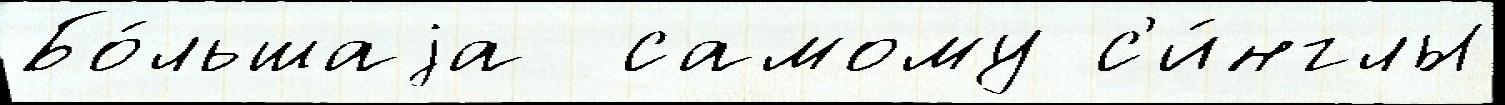
Бо́льшаjа  самому с'и́нглы